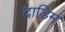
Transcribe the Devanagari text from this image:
दाड़िम